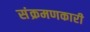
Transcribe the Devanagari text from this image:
संक्रमणकारी